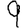
Digit: 9